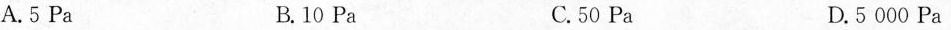
A.5Pa B.10Pa C.50Pa D.5000Pa